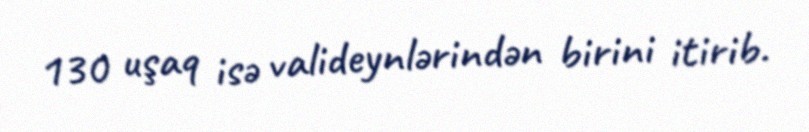
130 uşaq isə valideynlərindən birini itirib.